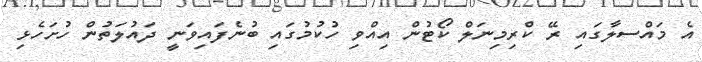
އެ މައްސލާގައި ރޭ ކްރިމިނަލް ކޯޓުން އިއްވި ހުކުމުގައި ބުނެފައިވަނީ ދައުލަތުން ހުށަހެޅި